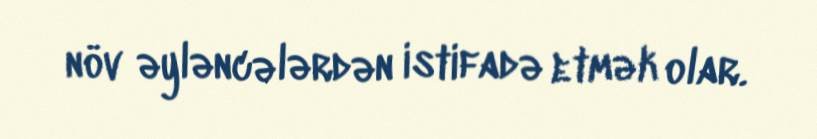
növ əyləncələrdən istifadə etmək olar.